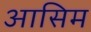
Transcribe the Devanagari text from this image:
आसिम